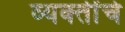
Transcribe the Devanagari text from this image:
व्‍यक्‍तींचे